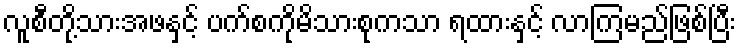
လူစီတို့သားအဖနှင့် ပက်စကိုမိသားစုကသာ ရထားနှင့် လာကြမည်ဖြစ်ပြီး